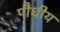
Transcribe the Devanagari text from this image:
पौधीय